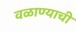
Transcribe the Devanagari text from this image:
वळाण्याची